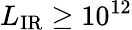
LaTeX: L_{\mathrm{IR}}\ge 10^{12}